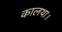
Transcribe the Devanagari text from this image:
कालथा।